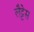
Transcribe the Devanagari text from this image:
लैट्टेस